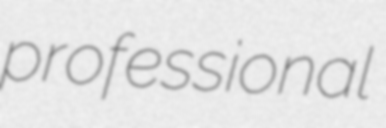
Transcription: professional